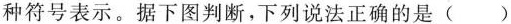
种符号表示。据下图判断，下列说法正确的是()